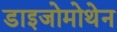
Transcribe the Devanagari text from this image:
डाइजोमोथेन